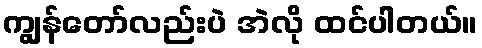
ကျွန်တော်လည်းပဲ အဲလို ထင်ပါတယ်။